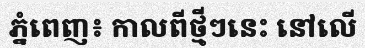
ភ្នំពេញ៖ កាលពីថ្មីៗនេះ នៅលើ